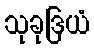
သုခုဒြယံ